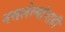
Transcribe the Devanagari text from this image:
नसलेल्यांनाही